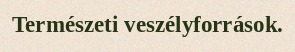
Természeti veszélyforrások.